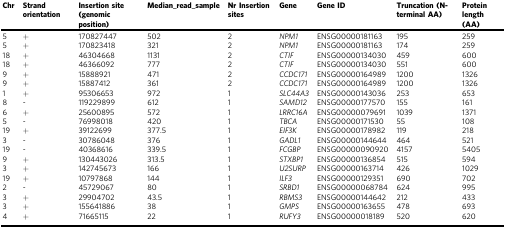
<table><thead><tr><td><b>Chr</b></td><td><b>Strand orientation</b></td><td><b>Insertion site (genomic position)</b></td><td><b>Median_read_sample</b></td><td><b>Nr Insertion sites</b></td><td><b>Gene</b></td><td><b>Gene ID</b></td><td><b>Truncation (N-terminal AA)</b></td><td><b>Protein length (AA)</b></td></tr></thead><tbody><tr><td>5</td><td>+</td><td>170827447</td><td>502</td><td>2</td><td><i>NPM1</i></td><td>ENSG00000181163</td><td>195</td><td>259</td></tr><tr><td>5</td><td>+</td><td>170823418</td><td>321</td><td>2</td><td><i>NPM1</i></td><td>ENSG00000181163</td><td>174</td><td>259</td></tr><tr><td>18</td><td>+</td><td>46304668</td><td>1131</td><td>2</td><td><i>CTIF</i></td><td>ENSG00000134030</td><td>459</td><td>600</td></tr><tr><td>18</td><td>+</td><td>46366092</td><td>777</td><td>2</td><td><i>CTIF</i></td><td>ENSG00000134030</td><td>551</td><td>600</td></tr><tr><td>9</td><td>+</td><td>15888921</td><td>471</td><td>2</td><td><i>CCDC171</i></td><td>ENSG00000164989</td><td>1200</td><td>1326</td></tr><tr><td>9</td><td>+</td><td>15887412</td><td>361</td><td>2</td><td><i>CCDC171</i></td><td>ENSG00000164989</td><td>1200</td><td>1326</td></tr><tr><td>1</td><td>+</td><td>95306653</td><td>972</td><td>1</td><td><i>SLC44A3</i></td><td>ENSG00000143036</td><td>253</td><td>653</td></tr><tr><td>8</td><td>-</td><td>119229899</td><td>612</td><td>1</td><td><i>SAMD12</i></td><td>ENSG00000177570</td><td>155</td><td>161</td></tr><tr><td>6</td><td>+</td><td>25600895</td><td>572</td><td>1</td><td><i>LRRC16A</i></td><td>ENSG00000079691</td><td>1039</td><td>1371</td></tr><tr><td>5</td><td>-</td><td>76998018</td><td>420</td><td>1</td><td><i>TBCA</i></td><td>ENSG00000171530</td><td>55</td><td>108</td></tr><tr><td>19</td><td>+</td><td>39122699</td><td>377.5</td><td>1</td><td><i>EIF3K</i></td><td>ENSG00000178982</td><td>119</td><td>218</td></tr><tr><td>3</td><td>-</td><td>30786048</td><td>376</td><td>1</td><td><i>GADL1</i></td><td>ENSG00000144644</td><td>464</td><td>521</td></tr><tr><td>19</td><td>-</td><td>40368616</td><td>339.5</td><td>1</td><td><i>FCGBP</i></td><td>ENSG00000090920</td><td>4157</td><td>5405</td></tr><tr><td>9</td><td>+</td><td>130443026</td><td>313.5</td><td>1</td><td><i>STXBP1</i></td><td>ENSG00000136854</td><td>515</td><td>594</td></tr><tr><td>3</td><td>+</td><td>142745673</td><td>166</td><td>1</td><td><i>U2SURP</i></td><td>ENSG00000163714</td><td>426</td><td>1029</td></tr><tr><td>19</td><td>+</td><td>10797868</td><td>144</td><td>1</td><td><i>ILF3</i></td><td>ENSG00000129351</td><td>690</td><td>702</td></tr><tr><td>2</td><td>-</td><td>45729067</td><td>80</td><td>1</td><td><i>SRBD1</i></td><td>ENSG00000068784</td><td>624</td><td>995</td></tr><tr><td>3</td><td>+</td><td>29904702</td><td>43.5</td><td>1</td><td><i>RBMS3</i></td><td>ENSG00000144642</td><td>212</td><td>433</td></tr><tr><td>3</td><td>+</td><td>155641886</td><td>38</td><td>1</td><td><i>GMPS</i></td><td>ENSG00000163655</td><td>478</td><td>693</td></tr><tr><td>4</td><td>+</td><td>71665115</td><td>22</td><td>1</td><td><i>RUFY3</i></td><td>ENSG00000018189</td><td>520</td><td>620</td></tr></tbody></table>